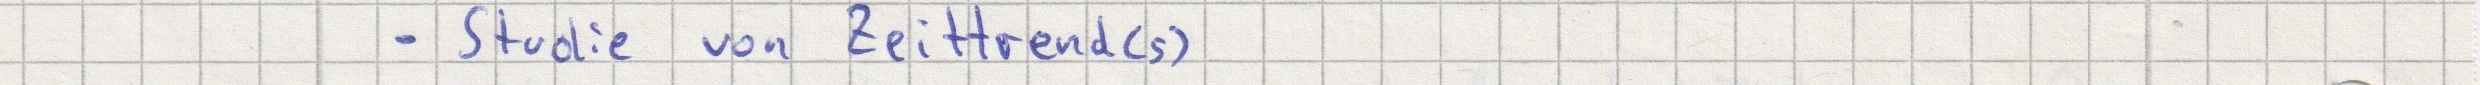
- Studie von Zeittrend(s)